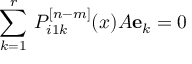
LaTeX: \sum _ { k = 1 } ^ { r } \, { \cal P } _ { i 1 k } ^ { [ n - m ] } ( x ) A { \bf e } _ { k } = 0